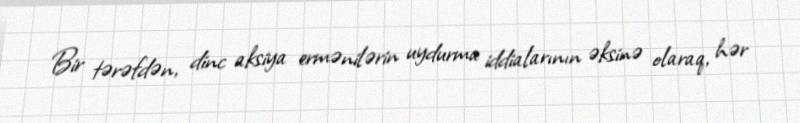
Bir tərəfdən, dinc aksiya ermənilərin uydurma iddialarının əksinə olaraq, hər